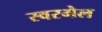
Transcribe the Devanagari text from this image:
स्वरमेल